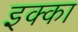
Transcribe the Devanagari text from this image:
इक्‍का